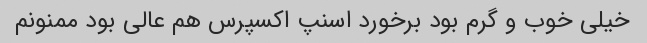
خیلى خوب و گرم بود برخورد اسنپ اکسپرس هم عالى بود ممنونم